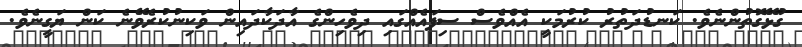
ގުޅޭގޮތުންނެވެ. ކަނޑުދަތުރު ކުރުމަކީ އެއްވެސް ސިފައެއްގައި ދިވެހިންގެ އާދަކާދައިން ވަކިނުކުރެވޭނެ ކަން ޔަގީނެވެ.